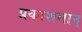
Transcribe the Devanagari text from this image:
प्रकाशमान्‌